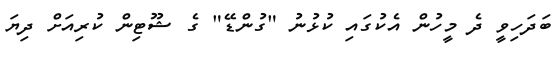
ބަދަހިވީ ދެ މީހުން އެކުގައި ކުޅުނު "ގުންޑޭ" ގެ ޝޫޓިން ކުރިއަށް ދިޔަ